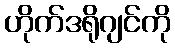
ဟိုက်ဒရိုဂျင်ကို